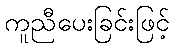
ကူညီပေးခြင်းဖြင့်